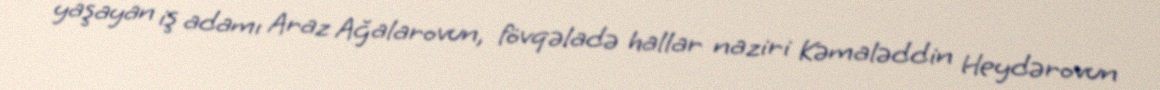
yaşayan iş adamı Araz Ağalarovun, fövqəladə hallar naziri Kəmaləddin Heydərovun